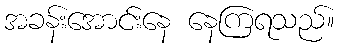
အခန်းအောင်းနေ နေကြရသည်။